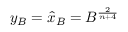
y _ { B } = \hat { x } _ { B } = B ^ { \frac { 2 } { n + 4 } }